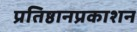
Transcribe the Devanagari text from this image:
प्रतिष्ठानप्रकाशन